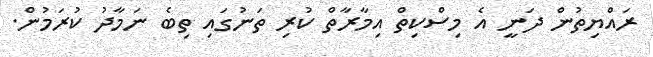
ރައްޔިތުން ދަނީ އެ މިސްކިތް އިމާރާތް ކުރި ތަނުގައި ތިބެ ނަމާދު ކުރަމުން.